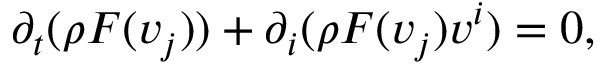
\partial _ { t } ( \rho F ( v _ { j } ) ) + \partial _ { i } ( \rho F ( v _ { j } ) v ^ { i } ) = 0 ,